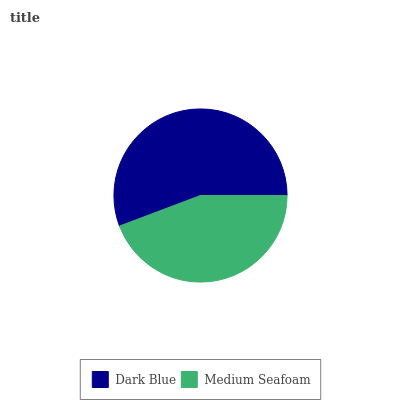
| Dark Blue | Medium Seafoam |
 | --- | --- |
 | 55.7% | 44.3% |